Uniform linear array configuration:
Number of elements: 12
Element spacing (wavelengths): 0.25
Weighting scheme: uniform
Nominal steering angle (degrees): -30
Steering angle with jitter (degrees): -29.783
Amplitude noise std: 0.05
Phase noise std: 0.05

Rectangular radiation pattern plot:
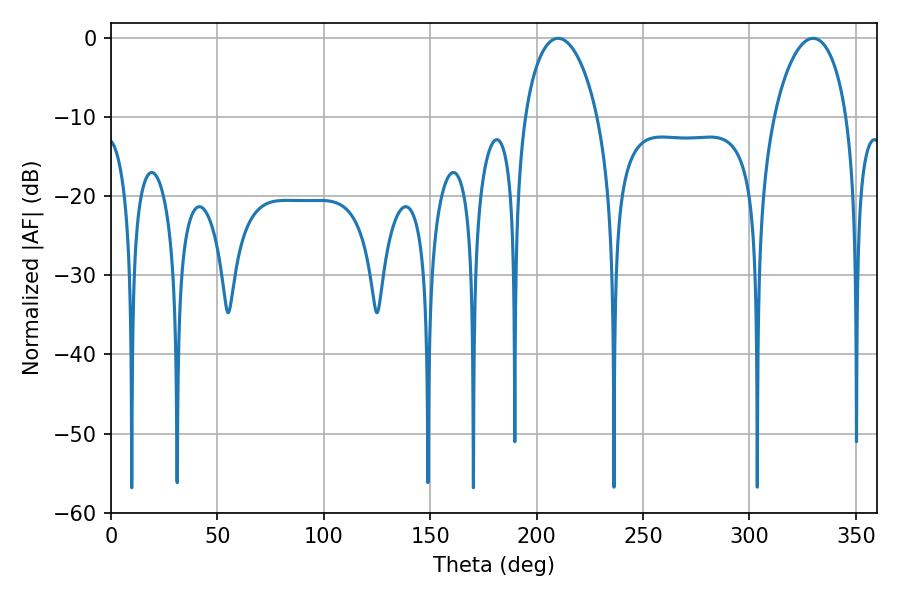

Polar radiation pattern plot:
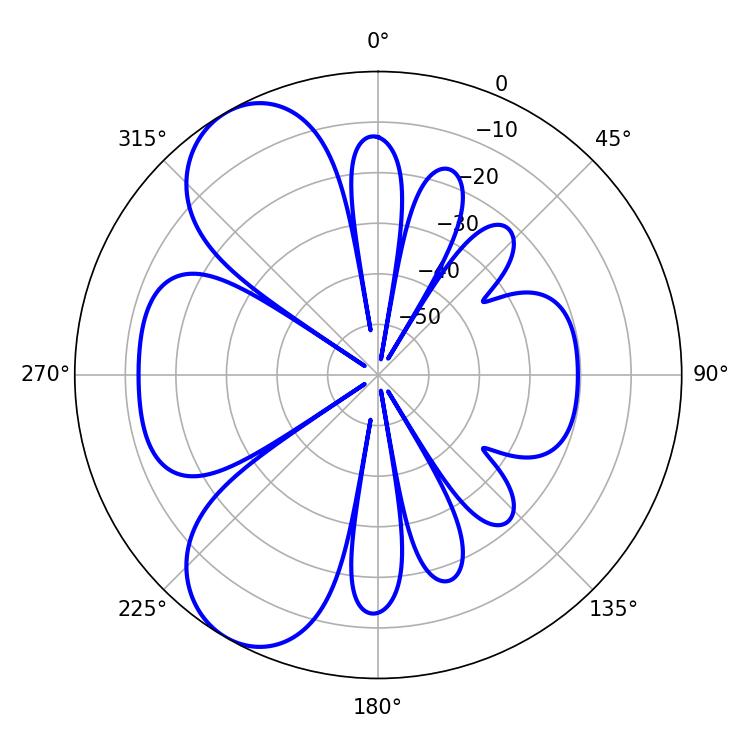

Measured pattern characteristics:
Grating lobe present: FALSE
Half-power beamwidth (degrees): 19.62
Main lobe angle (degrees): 210.06